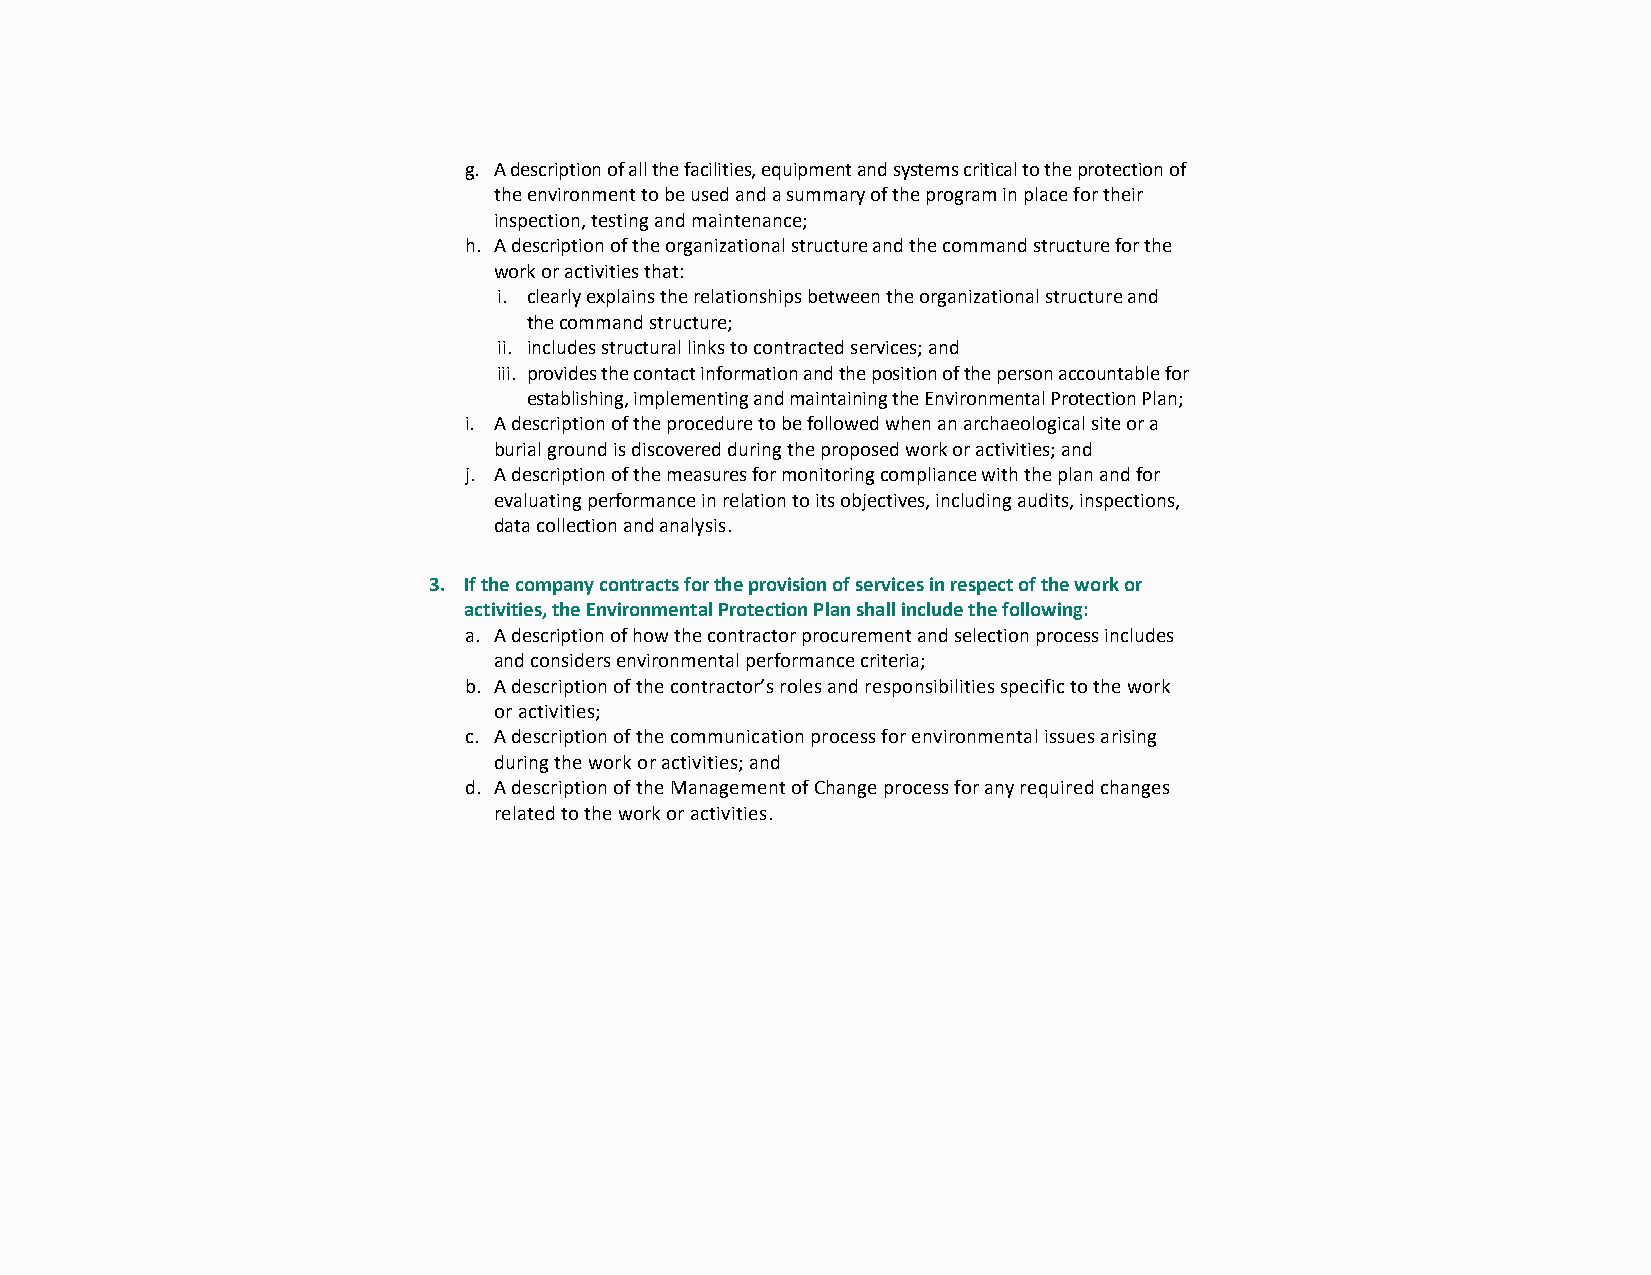
g. A description of all the facilities, equipment and systems critical to the protection of
 the environment to be used and a summary of the program in place for their
 inspection, testing and maintenance;
 h. A description of the organizational structure and the command structure for the
 work or activities that:
 i. clearly explains the relationships between the organizational structure and
 the command structure;
 ii. includes structural links to contracted services; and
 iii. provides the contact information and the position of the person accountable for
 establishing, implementing and maintaining the Environmental Protection Plan;
 i. A description of the procedure to be followed when an archaeological site or a
 burial ground is discovered during the proposed work or activities; and
 j. A description of the measures for monitoring compliance with the plan and for
 evaluating performance in relation to its objectives, including audits, inspections,
 data collection and analysis.
 3. If the company contracts for the provision of services in respect of the work or
 activities, the Environmental Protection Plan shall include the following:
 a. A description of how the contractor procurement and selection process includes
 and considers environmental performance criteria;
 b. A description of the contractor’s roles and responsibilities specific to the work
 or activities;
 c. A description of the communication process for environmental issues arising
 during the work or activities; and
 d. A description of the Management of Change process for any required changes
 related to the work or activities.